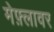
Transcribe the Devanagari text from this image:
मेफ़्लावर